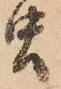
虫